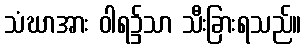
သံဃာအား ဝါရ၌သာ သီးခြားရသည်။